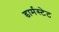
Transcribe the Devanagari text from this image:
डार्मस्टेट